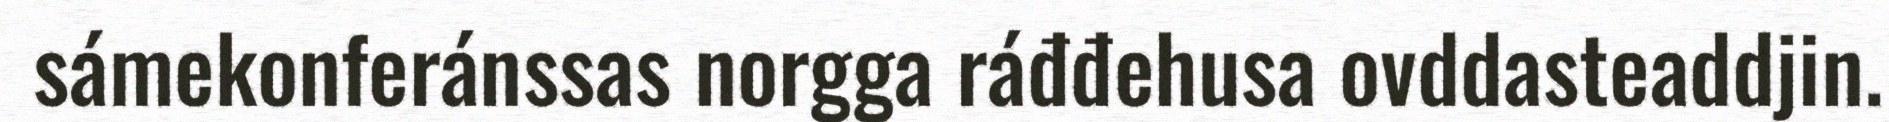
sámekonferánssas norgga ráđđehusa ovddasteaddjin.